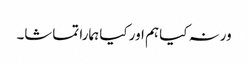
ورنہ کیا ہم اور کیا ہمارا تماشا۔